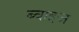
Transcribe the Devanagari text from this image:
ब्वाइज